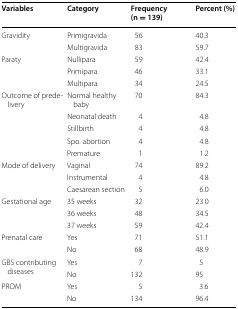
<table><thead><tr><td><b>Variables</b></td><td><b>Category</b></td><td><b>Frequency (n = 139)</b></td><td><b>Percent (%)</b></td></tr></thead><tbody><tr><td rowspan="2">Gravidity</td><td>Primigravida</td><td>56</td><td>40.3</td></tr><tr><td>Multigravida</td><td>83</td><td>59.7</td></tr><tr><td rowspan="3">Paraty</td><td>Nullipara</td><td>59</td><td>42.4</td></tr><tr><td>Primipara</td><td>46</td><td>33.1</td></tr><tr><td>Multipara</td><td>34</td><td>24.5</td></tr><tr><td rowspan="5">Outcome of predelivery</td><td>Normal healthy baby</td><td>70</td><td>84.3</td></tr><tr><td>Neonatal death</td><td>4</td><td>4.8</td></tr><tr><td>Stillbirth</td><td>4</td><td>4.8</td></tr><tr><td>Spo. abortion</td><td>4</td><td>4.8</td></tr><tr><td>Premature</td><td>1</td><td>1.2</td></tr><tr><td rowspan="3">Mode of delivery</td><td>Vaginal</td><td>74</td><td>89.2</td></tr><tr><td>Instrumental</td><td>4</td><td>4.8</td></tr><tr><td>Caesarean section</td><td>5</td><td>6.0</td></tr><tr><td rowspan="3">Gestational age</td><td>35 weeks</td><td>32</td><td>23.0</td></tr><tr><td>36 weeks</td><td>48</td><td>34.5</td></tr><tr><td>37 weeks</td><td>59</td><td>42.4</td></tr><tr><td rowspan="2">Prenatal care</td><td>Yes</td><td>71</td><td>51.1</td></tr><tr><td>No</td><td>68</td><td>48.9</td></tr><tr><td rowspan="2">GBS contributing diseases</td><td>Yes</td><td>7</td><td>5</td></tr><tr><td>No</td><td>132</td><td>95</td></tr><tr><td rowspan="2">PROM</td><td>Yes</td><td>5</td><td>3.6</td></tr><tr><td>No</td><td>134</td><td>96.4</td></tr></tbody></table>